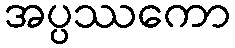
အပ္ပဿကော